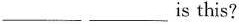
___ ___is this?